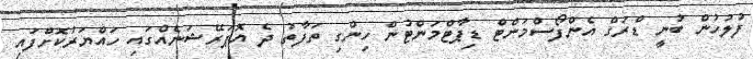
ފުލުހުން ބުނީ ޑްރަގް އެންފޯސްމަންޓް ޑިޕާޓްމަންޓުން ހިންގި ތަފާތު ދެ އޮޕަރޭޝަނެއްގައި ހައްޔަރުކޮށްފައި